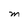
Character: M